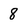
Character: 8